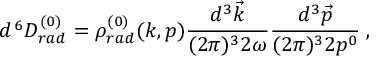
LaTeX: d ^ { \, 6 } { \cal D } _ { r a d } ^ { ( 0 ) } = \rho _ { r a d } ^ { ( 0 ) } ( k , p ) \frac { d ^ { 3 } { \vec { k } } } { ( 2 \pi ) ^ { 3 } 2 \omega } \frac { d ^ { 3 } { \vec { p } } } { ( 2 \pi ) ^ { 3 } 2 p ^ { 0 } } \; ,